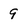
Character: 9